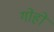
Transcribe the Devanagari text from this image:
गोहो